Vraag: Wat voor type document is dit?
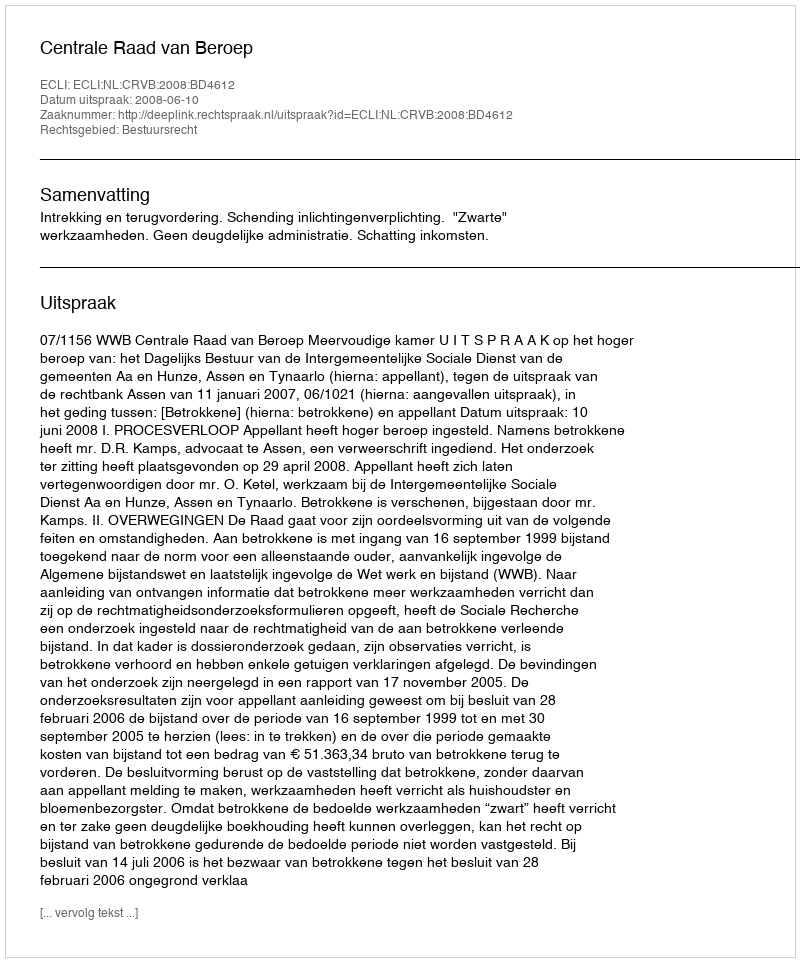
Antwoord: Uitspraak